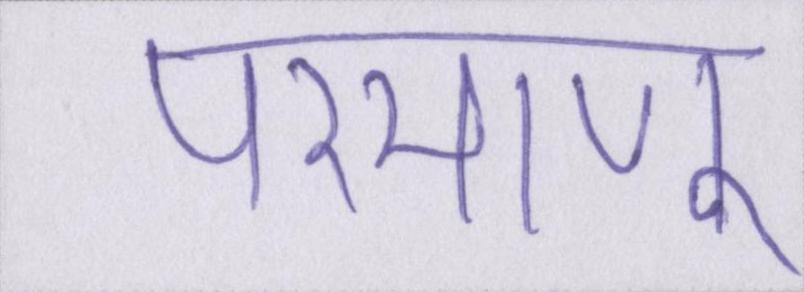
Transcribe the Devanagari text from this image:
परमाणु